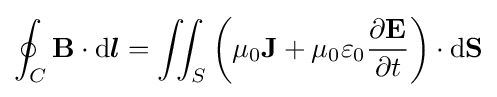
\oint _{C}\mathbf {B} \cdot \mathrm {d} {\boldsymbol {l}}=\iint _{S}\left(\mu _{0}\mathbf {J} +\mu _{0}\varepsilon _{0}{\frac {\partial \mathbf {E} }{\partial t}}\right)\cdot \mathrm {d} \mathbf {S}